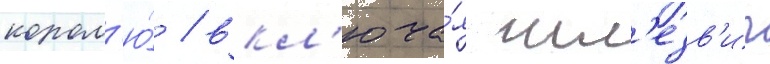
корол'ю́ / вкл'юча́я шл'езв'иг